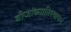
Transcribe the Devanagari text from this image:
बीजांकप्रतिस्थापन